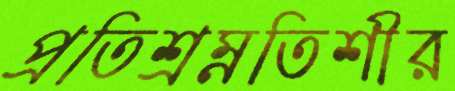
প্রতিশ্রম্নতিশীর